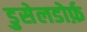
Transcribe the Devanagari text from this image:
डुसेलडोर्फ़